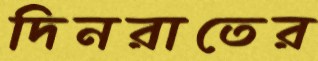
দিনরাতের